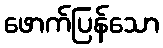
ဖောက်ပြန်သော